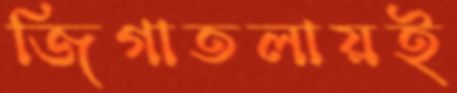
জিগাতলায়ই